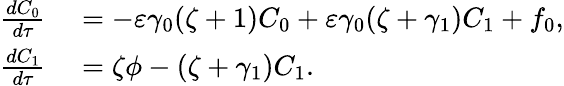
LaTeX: \begin{array}{rl}{\frac{dC_{0}}{d\tau}}&{{}=-\varepsilon\gamma_{0}(\zeta+1)C_{0}+\varepsilon\gamma_{0}(\zeta+\gamma_{1})C_{1}+{f_{0}},}\\ {\frac{dC_{1}}{d\tau}}&{{}=\zeta\phi-(\zeta+\gamma_{1})C_{1}.}\end{array}